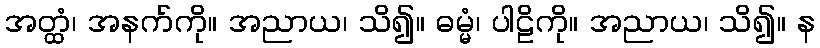
အတ္ထံ၊ အနက်ကို။ အညာယ၊ သိ၍။ ဓမ္မံ၊ ပါဠိကို။ အညာယ၊ သိ၍။ န